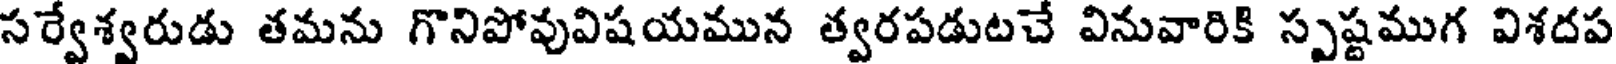
సర్వేశ్వరుడు తమను గొనిపోవువిషయమున త్వరపడుటచే వినువారికి స్పష్టముగ విశదప